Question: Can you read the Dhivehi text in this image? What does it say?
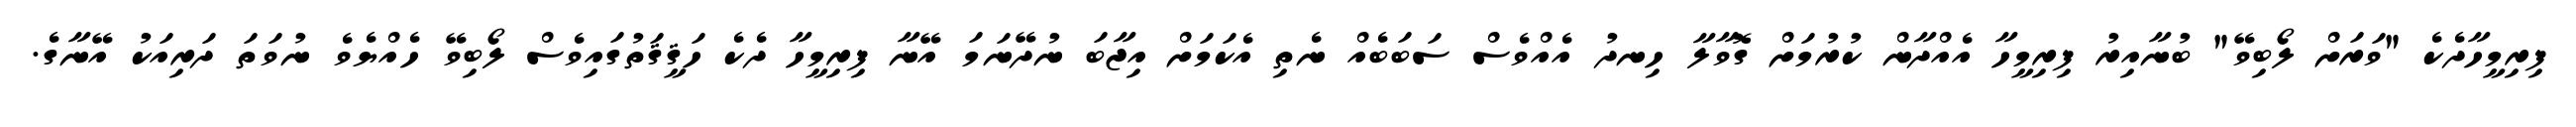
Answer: ފިރިމީހާދެކެ "ވަރަށް ލޯބިވޭ" ބުނާއިރު ފިރިމީހާ އެއްދާން ކުރުމަށް ގޮވާލާ ހިނދު އެއްވެސް ސަބަބެއް ނެތި އެކަމަށް އިޖާބަ ނުދޭނަމަ އޭނާ ފިރިމީހާ ދެކެ ހަޤީޤަތުގައިވެސް ލޯބިވޭ ހެއްޔެވެ ނުވަތަ ދަރިއަކު އޭނާގެ.